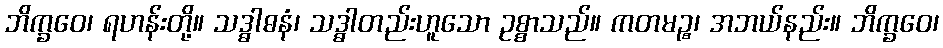
ဘိက္ခဝေ၊ ရဟန်းတို့။ သဒ္ဓါဓနံ၊ သဒ္ဓါတည်းဟူသော ဥစ္စာသည်။ ကတမဉ္စ၊ အဘယ်နည်း။ ဘိက္ခဝေ၊